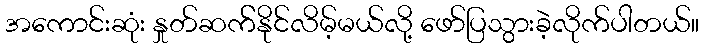
အကောင်းဆုံး နှုတ်ဆက််နိုင်လိမ့်မယ်လို့ ဖော်ပြသွားခဲ့လိုက်ပါတယ်။